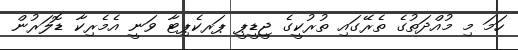
ހަމަ މި މުއްދަތުގެ ތެރޭގައި ތުރުކީގެ ޖީޑީޕީ ޕަރކެޕިޓާ ވަނީ އެމެރިކާ ޑޮލަރުން